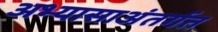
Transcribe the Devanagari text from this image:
अभ्यासाअंतर्गत